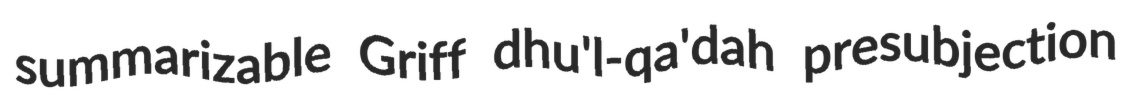
summarizable Griff dhu'l-qa'dah presubjection